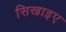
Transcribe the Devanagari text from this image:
सिखाइए